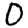
Digit: 0